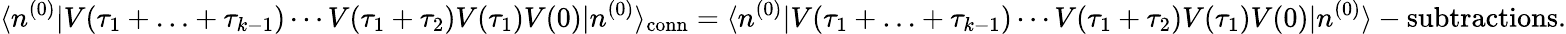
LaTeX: \langle n^{(0)}|V(\tau_{1}+\ldots+\tau_{k-1})\dotsm V(\tau_{1}+\tau_{2})V(\tau_{1})V(0)|n^{(0)}\rangle_{\mathrm{conn}}=\langle n^{(0)}|V(\tau_{1}+\ldots+\tau_{k-1})\dotsm V(\tau_{1}+\tau_{2})V(\tau_{1})V(0)|n^{(0)}\rangle-{\mathrm{subtractions}}.